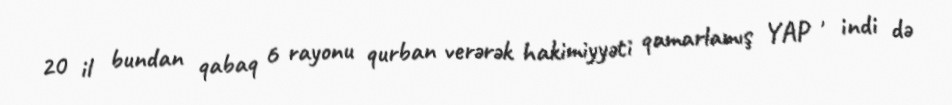
20 il bundan qabaq 6 rayonu qurban verərək hakimiyyəti qamarlamış YAP , indi də